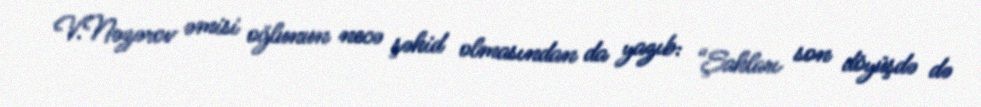
V.Nəzərov əmisi oğlunun necə şəhid olmasından da yazıb: “Şahları son döyüşdə də